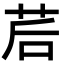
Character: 茩